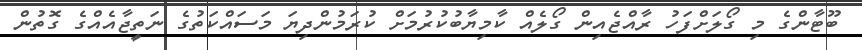
ބޫޓާންގެ މި ގޯލަށްފަހު ރާއްޖެއިން ގޯލެއް ކާމިޔާބުކުރުމަށް ކުރަމުންދިޔަ މަސައްކަތުގެ ނަތީޖާއެއްގެ ގޮތުން